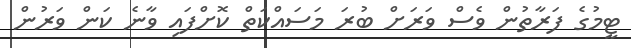
ޓީމުގެ ފަރާތުން ވެސް ވަރަށް ބުރަ މަސައްކަތް ކޮށްފައި ވާނެ ކަން ވަރުން